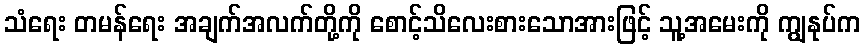
သံရေး တမန်ရေး အချက်အလက်တို့ကို စောင့်သိလေးစားသောအားဖြင့် သူ့အမေးကို ကျွနုပ်က